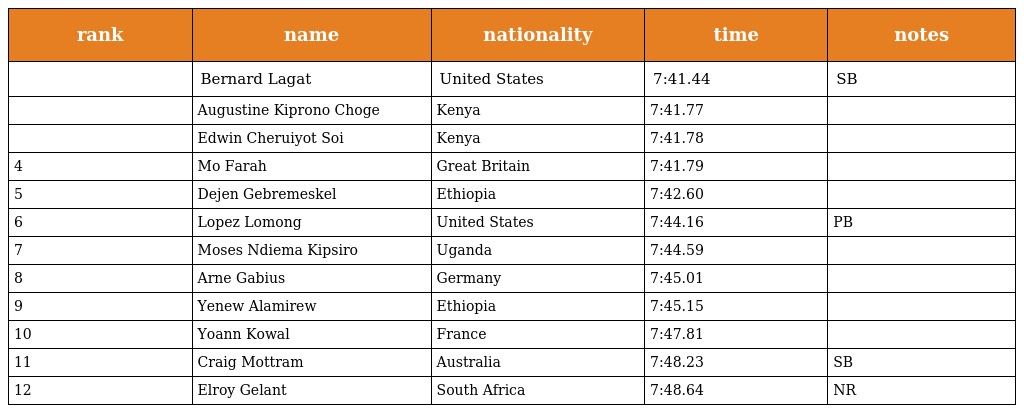
| rank | name | nationality | time | notes |
 | --- | --- | --- | --- | --- |
 |  | Bernard Lagat | United States | 7:41.44 | SB |
 |  | Augustine Kiprono Choge | Kenya | 7:41.77 |  |
 |  | Edwin Cheruiyot Soi | Kenya | 7:41.78 |  |
 | 4 | Mo Farah | Great Britain | 7:41.79 |  |
 | 5 | Dejen Gebremeskel | Ethiopia | 7:42.60 |  |
 | 6 | Lopez Lomong | United States | 7:44.16 | PB |
 | 7 | Moses Ndiema Kipsiro | Uganda | 7:44.59 |  |
 | 8 | Arne Gabius | Germany | 7:45.01 |  |
 | 9 | Yenew Alamirew | Ethiopia | 7:45.15 |  |
 | 10 | Yoann Kowal | France | 7:47.81 |  |
 | 11 | Craig Mottram | Australia | 7:48.23 | SB |
 | 12 | Elroy Gelant | South Africa | 7:48.64 | NR |